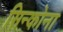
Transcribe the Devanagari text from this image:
सिन्कोना